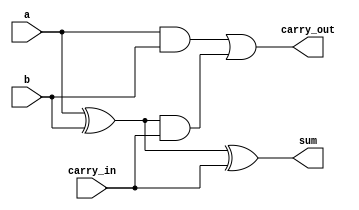
module adder_1b(input a, b, input carry_in, output sum, output carry_out);

wire and_out,xor_out,and2_out;

and (and_out,a,b);
xor (xor_out,a,b);
and (and2_out,xor_out,carry_in);
xor (sum, xor_out,carry_in);
or (carry_out,and_out,and2_out);


endmodule